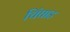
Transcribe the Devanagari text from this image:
चिंघाड